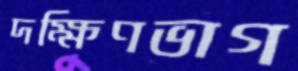
দক্ষিণভাগ